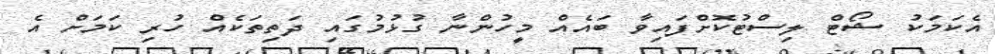
އެކަމަކު ޝޯޓް ލިސްޓުކޮށްފައިވާ ބައެއް މީހުންނާ ގުޅުމުގައި ދަތިތަކެއް ހުރި ކަމަށް އެ